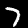
Digit: 7